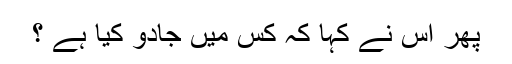
پھر اس نے کہا کہ کس میں جادو کیا ہے ؟